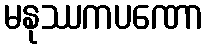
မနုဿကပဏော